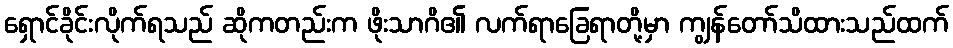
ရှောင်ခိုင်းလိုက်ရသည် ဆိုကတည်းက ဖိုးသာဂိ၏ လက်ရာခြေရာတို့မှာ ကျွန်တော်သိထားသည်ထက်